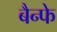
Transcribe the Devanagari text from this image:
बैन्फे